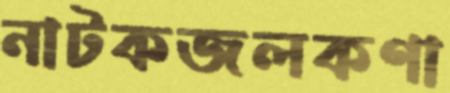
নাটকজলকণা